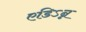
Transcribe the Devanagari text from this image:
एडिऽन्न